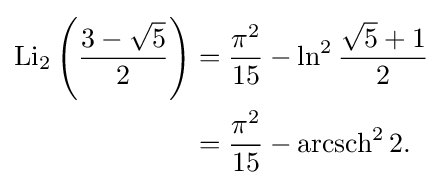
{\begin{aligned}\operatorname {Li} _{2}\left({\frac {3-{\sqrt {5}}}{2}}\right)&={\frac {{\pi }^{2}}{15}}-\ln ^{2}{\frac {{\sqrt {5}}+1}{2}}\\&={\frac {{\pi }^{2}}{15}}-\operatorname {arcsch} ^{2}2.\end{aligned}}